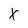
Character: X